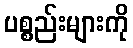
ပစ္စည်းများကို